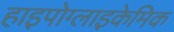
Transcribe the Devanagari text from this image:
हाइपोग्लाइकेमिक